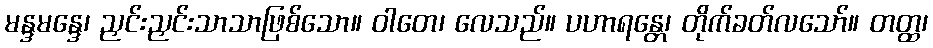
မန္ဒမန္ဒေ၊ ညှင်းညှင်းသာသာဖြစ်သော။ ဝါတေ၊ လေသည်။ ပဟာရန္တေ၊ တိုက်ခတ်လသော်။ တတ္ထ၊